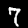
Label: 7